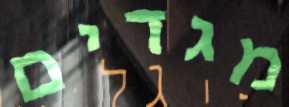
מגדים